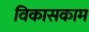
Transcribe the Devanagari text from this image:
विकासकाम